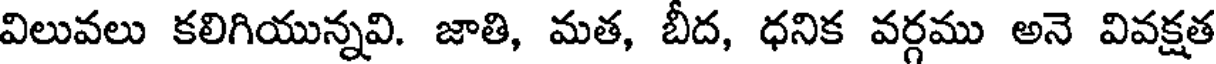
విలువలు కలిగియున్నవి. జాతి, మత, బీద, ధనిక వర్గము అనె వివక్షత